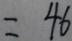
= 4 6